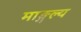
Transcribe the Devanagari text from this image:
माङ्गल्य